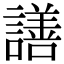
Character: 𧬆